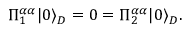
\Pi _ { 1 } ^ { \alpha \alpha } | 0 \rangle _ { D } = 0 = \Pi _ { 2 } ^ { \alpha \alpha } | 0 \rangle _ { D } . \,